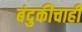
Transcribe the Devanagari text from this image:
बंदुकीचाही